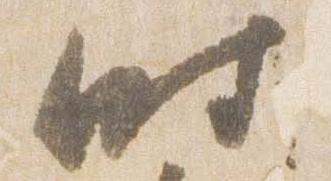
時